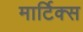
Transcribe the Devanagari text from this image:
मार्टिक्स